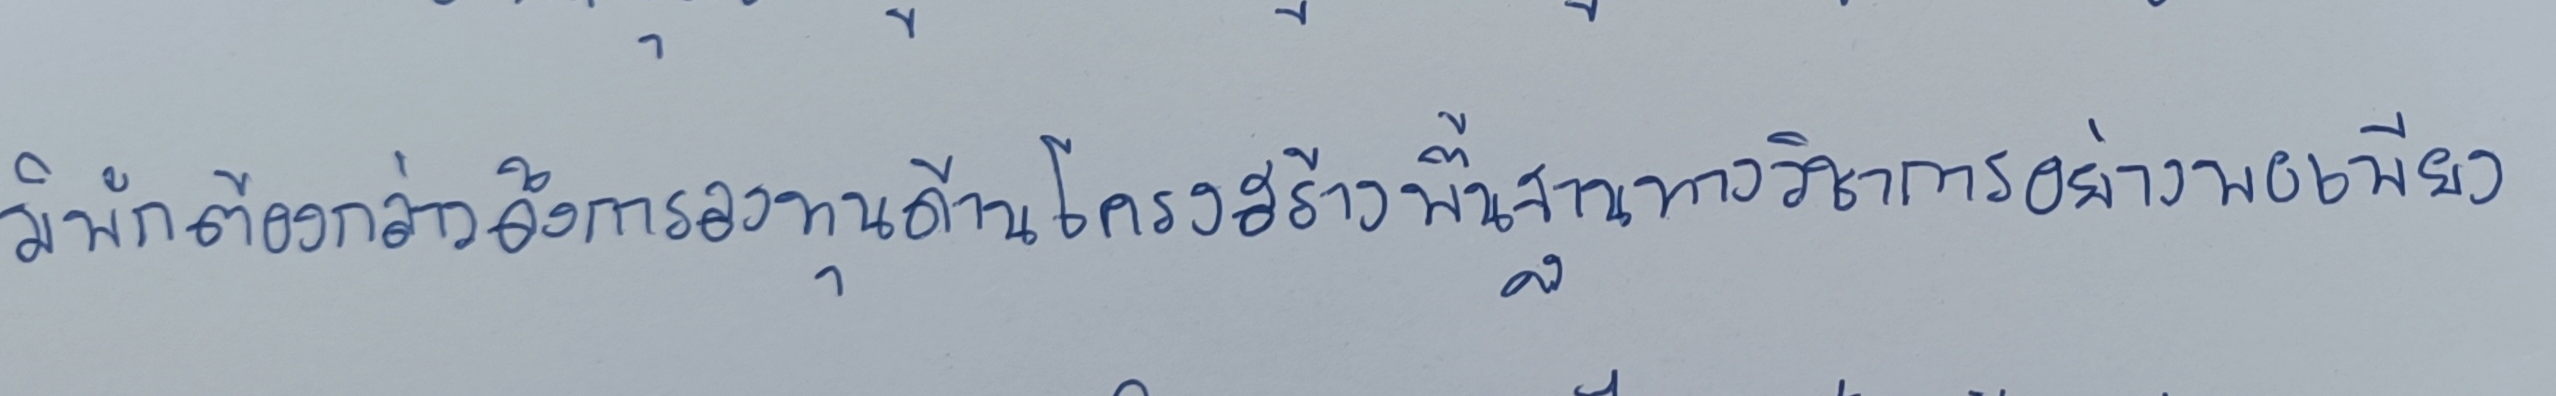
มิพักต้องกล่าวถึงการลงทุนด้านโครงสร้างพื้นฐานทางวิชาการอย่างพอเพียง